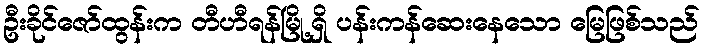
ဦးခိုင်ဇော်ထွန်းက တီဟီရန်မြို့ရှိ ပန်းကန်ဆေးနေသော မြေဖြစ်သည်